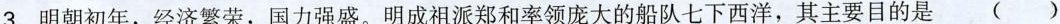
3.明朝初年，经济繁荣，国力强盛。明成祖派郑和率领庞大的船队七下西洋，其主要目的是( )